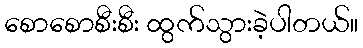
စောစောစီးစီး ထွက်သွားခဲ့ပါတယ်။